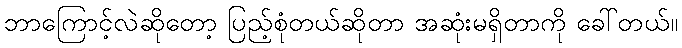
ဘာကြောင့်လဲဆိုတော့ ပြည့်စုံတယ်ဆိုတာ အဆုံးမရှိတာကို ခေါ်တယ်။